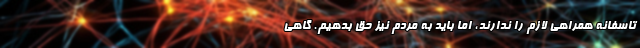
تاسفانه همراهی لازم را ندارند، اما باید به مردم نیز حق بدهیم. گاهی